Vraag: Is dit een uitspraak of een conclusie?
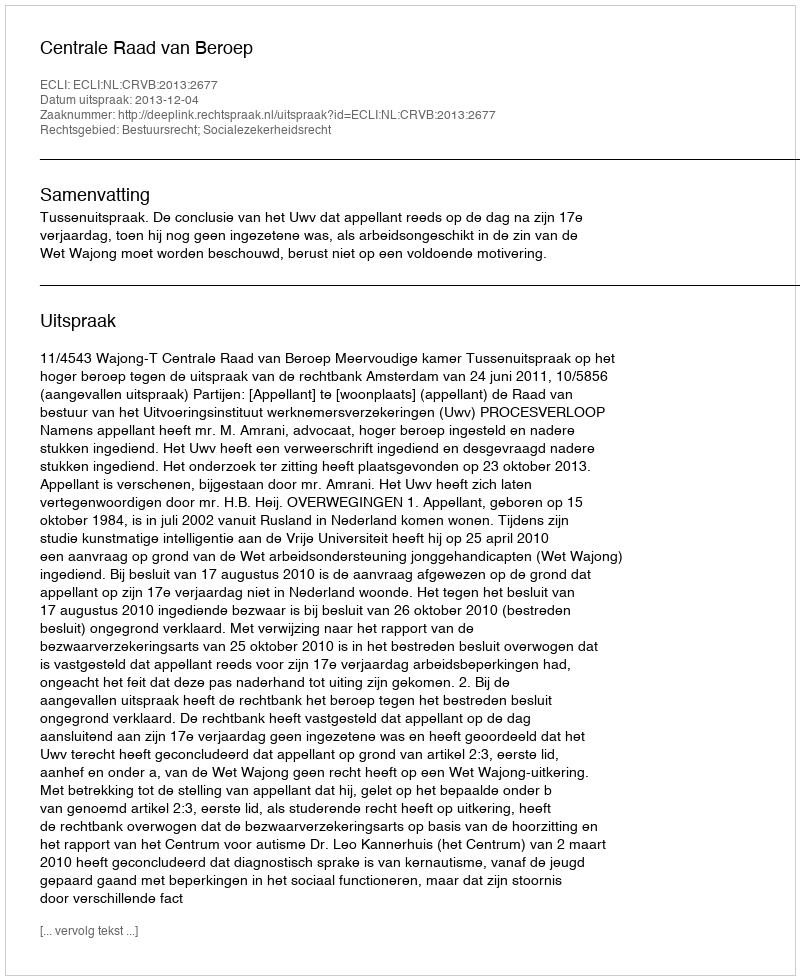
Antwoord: Uitspraak